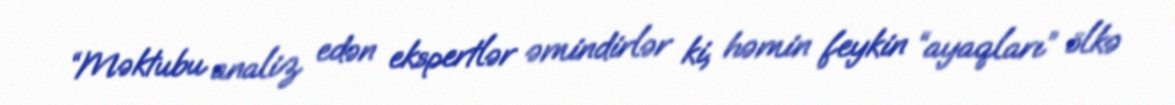
“Məktubu analiz edən ekspertlər əmindirlər ki, həmin feykin “ayaqları” ölkə